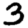
Digit: 3